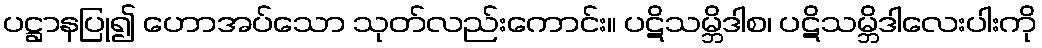
ပဋ္ဌာနပြု၍ ဟောအပ်သော သုတ်လည်းကောင်း။ ပဋိသမ္ဘိဒါစ၊ ပဋိသမ္ဘိဒါလေးပါးကို